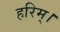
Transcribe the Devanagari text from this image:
हरिम्।